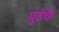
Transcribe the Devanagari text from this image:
पूडेची